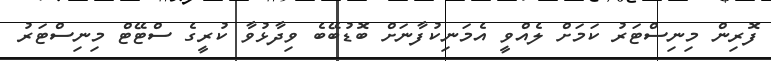
ފޮރިން މިނިސްޓަރު ކަމަށް ލެއްވީ އެމަނިކުފާނަށް ބޮޑުބޭބެ ވިދާޅުވާ ކުރީގެ ސްޓޭޓް މިނިސްޓަރު